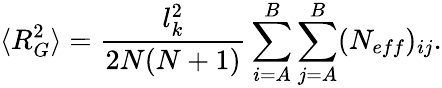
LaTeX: \langle R_{G}^{2}\rangle=\frac{l_{k}^{2}}{2N(N+1)}\sum_{i=A}^{B}\sum_{j=A}^{B}(N_{eff})_{ij}.